Epidemic dropsy in Calcutta - Number 45
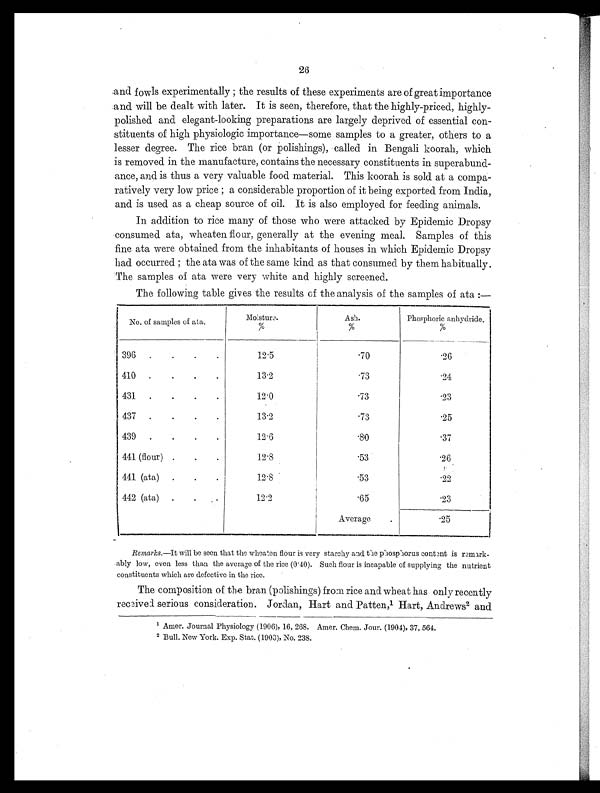
26
and fowls experimentally; the results of these experiments are of great importance
and will be dealt with later. It is seen, therefore, that the highly-priced, highly-
polished and elegant-looking preparations are largely deprived of essential con-
stituents of high physiologic importance—some samples to a greater, others to a
lesser degree. The rice bran (or polishings), called in Bengali koorah, which
is removed in the manufacture, contains the necessary constituents in superabund-
ance, and is thus a very valuable food material. This koorah is sold at a compa-
ratively very low price; a considerable proportion of it being exported from India,
and is used as a cheap source of oil. It is also employed for feeding animals.
In addition to rice many of those who were attacked by Epidemic Dropsy
consumed ata, wheaten flour, generally at the evening meal. Samples of this
fine ata were obtained from the inhabitants of houses in which Epidemic Dropsy
had occurred; the ata was of the same kind as that consumed by them habitually.
The samples of ata were very white and highly screened.
The following table gives the results of the analysis of the samples of ata:—
No. of samples of ata.
Moisture.
%
Ash.
%
Phosphoric anhydride.
%
396
.
.
.
.
12.5
.70
. 2 6
410
.
.
.
.
13.2
.73
. 2 4
431
. .
.
.
12.0
.73
. 2 3
437
. .
.
.
13.2
. 7 3
. 2 5
439
. .
.
.
12.6
.80
.37
441 (flour)
.
.
.
12.8
.53
.26
441 (ata)
. .
. 12.8
. 5 3
. 2 2
442 (ata)
. .
. 12.2
. 6 5
. 2 3
Average . .25
Remarks.—It will be seen that the wheaten flour is very starchy and the phosphorus content is remark-
ably low, even less than the average of the rice (0.40). Such flour is incapable of supplying the nutrient
constituents which are defective in the rice.
The composition of the bran (polishings) from rice and wheat has only recently
received serious consideration. Jordan, Hart and Patten,1 Hart, Andrews2 and
1 Amer. Journal Physiology (1906), 16, 268. Amer. Chem. Jour. (1904), 37, 564.
2 Bull. New York. Exp. Stat. (1903), No. 238.